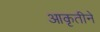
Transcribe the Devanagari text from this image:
आकृतीने